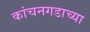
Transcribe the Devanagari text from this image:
कांचनगडाच्या